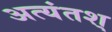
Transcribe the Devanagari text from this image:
अत्यंतश्